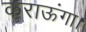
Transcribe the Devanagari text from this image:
कराऊंगा।